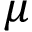
\mu